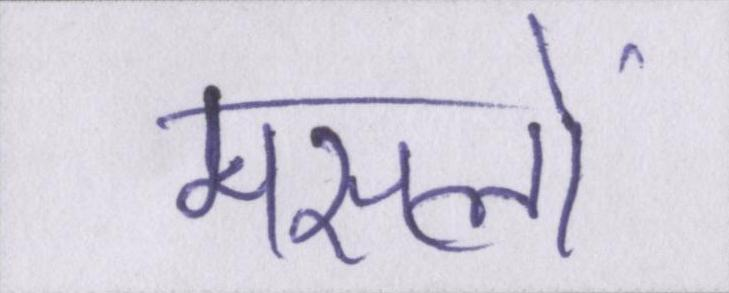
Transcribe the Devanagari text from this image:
मसलों